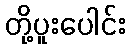
တို့ပူးပေါင်း